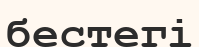
бестегі